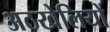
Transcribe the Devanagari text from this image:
अठखेलियों